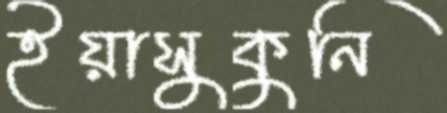
ইয়াসুকুনি